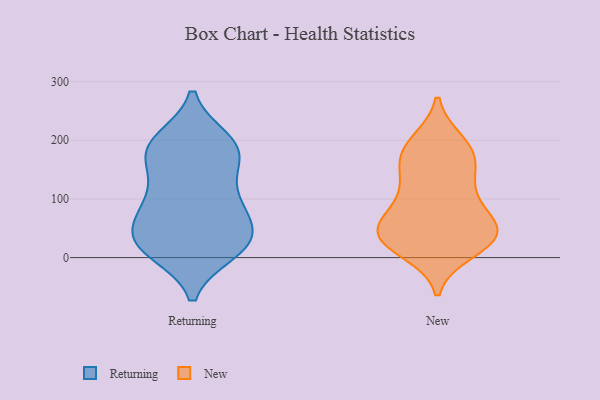
{"axis": {"x": "Shipments", "y": "Value"}, "legend": ["New", "Returning"], "data": [{"x": "", "y": 17, "type": "Returning"}, {"x": "", "y": 11, "type": "Returning"}, {"x": "", "y": 100, "type": "Returning"}, {"x": "", "y": 26, "type": "Returning"}, {"x": "", "y": 183, "type": "Returning"}, {"x": "", "y": 174, "type": "Returning"}, {"x": "", "y": 197, "type": "Returning"}, {"x": "", "y": 130, "type": "Returning"}, {"x": "", "y": 199, "type": "Returning"}, {"x": "", "y": 19, "type": "Returning"}, {"x": "", "y": 183, "type": "Returning"}, {"x": "", "y": 88, "type": "Returning"}, {"x": "", "y": 175, "type": "Returning"}, {"x": "", "y": 76, "type": "Returning"}, {"x": "", "y": 36, "type": "Returning"}, {"x": "", "y": 45, "type": "Returning"}, {"x": "", "y": 88, "type": "Returning"}, {"x": "", "y": 28, "type": "Returning"}, {"x": "", "y": 107, "type": "New"}, {"x": "", "y": 196, "type": "New"}, {"x": "", "y": 192, "type": "New"}, {"x": "", "y": 82, "type": "New"}, {"x": "", "y": 34, "type": "New"}, {"x": "", "y": 109, "type": "New"}, {"x": "", "y": 43, "type": "New"}, {"x": "", "y": 47, "type": "New"}, {"x": "", "y": 178, "type": "New"}, {"x": "", "y": 12, "type": "New"}, {"x": "", "y": 27, "type": "New"}, {"x": "", "y": 170, "type": "New"}, {"x": "", "y": 37, "type": "New"}, {"x": "", "y": 57, "type": "New"}, {"x": "", "y": 27, "type": "New"}, {"x": "", "y": 138, "type": "New"}, {"x": "", "y": 160, "type": "New"}, {"x": "", "y": 51, "type": "New"}]}